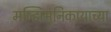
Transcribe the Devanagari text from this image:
मज्झिमनिकायाच्या